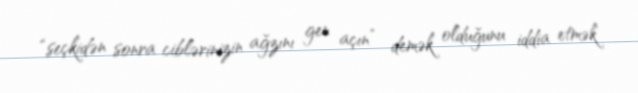
“seçkidən sonra ciblərinizin ağzını gen açın” demək olduğunu iddia etmək